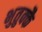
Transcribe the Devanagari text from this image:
भुतुक्कै